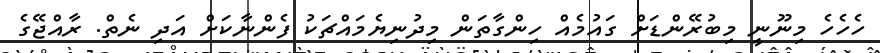
ހެހެހެ މިނޫނީ މިބުރޭންޑަށް ގައުމެއް ހިންގާތަން މިދުނިޔެމައްޗަކު ފެންނާކަށް އަދި ނެތް. ރާއްޖޭގެ